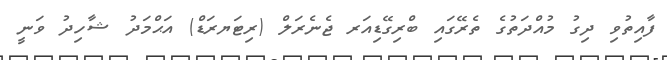
ފާއިތުވި ދިގު މުއްދަތުގެ ތެރޭގައި ބްރިގޭޑިއަރ ޖެނެރަލް (ރިޓަޔރަޑް) އަޙްމަދު ޝާހިދު ވަނީ